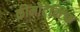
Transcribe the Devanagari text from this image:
कीमोटैक्टिक